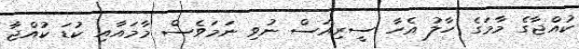
ކުއްޖާގެ މާމަގެ ހާލު އެހާ ސީރިއަސް ނުވި ނަމަވެސް މާމައާއި ކުޑަ ކުއްޖާ